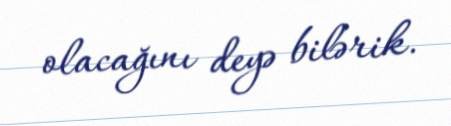
olacağını deyə bilərik.